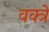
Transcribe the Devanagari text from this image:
वक्त्रे